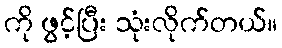
ကို ဖွင့်ပြီး သုံးလိုက်တယ်။